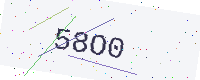
Text: 58O0